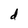
Character: d